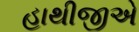
હાથીજીએ